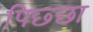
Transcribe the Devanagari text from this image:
पिछ्छा